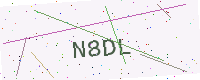
Text: N8DL